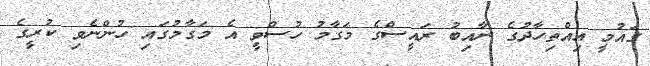
ގައުމީ އިއްތިހާދުގެ ނާއިބު ރައީސްގެ މަގާމު ހުސްވީ އެ މަގާމުގައި ހުންނެވި ކުރީގެ